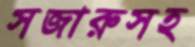
সজারুসহ